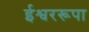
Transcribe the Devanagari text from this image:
ईश्वररूपा